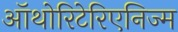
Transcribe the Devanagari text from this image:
ऑथोरिटेरिएनिज्म